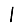
Digit: 1